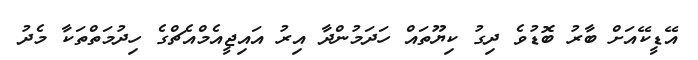
އޭޑީކޭއަށް ބާރު ބޮޑުވެ ދިގު ކިޔޫތައް ހަދަމުންދާ އިރު އައިޖީއެމްއެޗްގެ ހިދުމަތްތަކާ މެދު